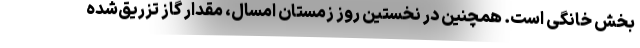
بخش خانگی است. همچنین در نخستین روز زمستان امسال، مقدار گاز تزریق‌شده